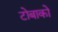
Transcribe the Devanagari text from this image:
टोबाको